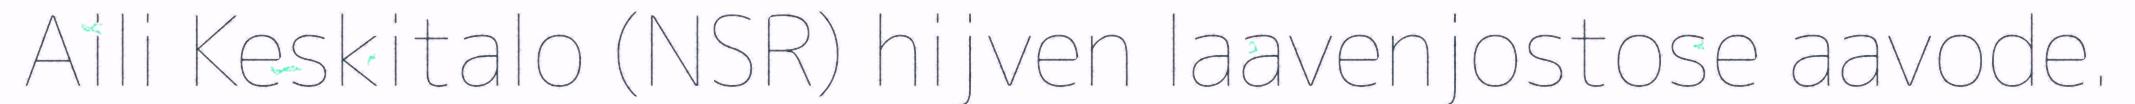
Aili Keskitalo (NSR) hijven laavenjostose aavode.